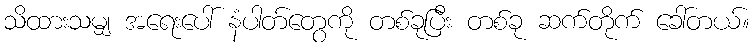
သိထားသမျှ အရေးပေါ် နံပါတ်တွေကို တစ်ခုပြီး တစ်ခု ဆက်တိုက် ခေါ်တယ်။